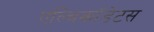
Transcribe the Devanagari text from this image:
एल्बिकॉडेटस